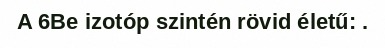
A 6Be izotóp szintén rövid életű: .